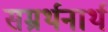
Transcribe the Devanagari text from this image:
सम्रर्थनार्थ